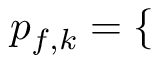
\begin{array} { r } { p _ { f , k } = \left\{ \begin{array} { r l r l } \end{array} \right. } \end{array}